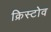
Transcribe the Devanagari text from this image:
क्रिस्टोव